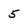
Character: 5